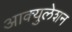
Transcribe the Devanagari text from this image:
आक्युलेशन